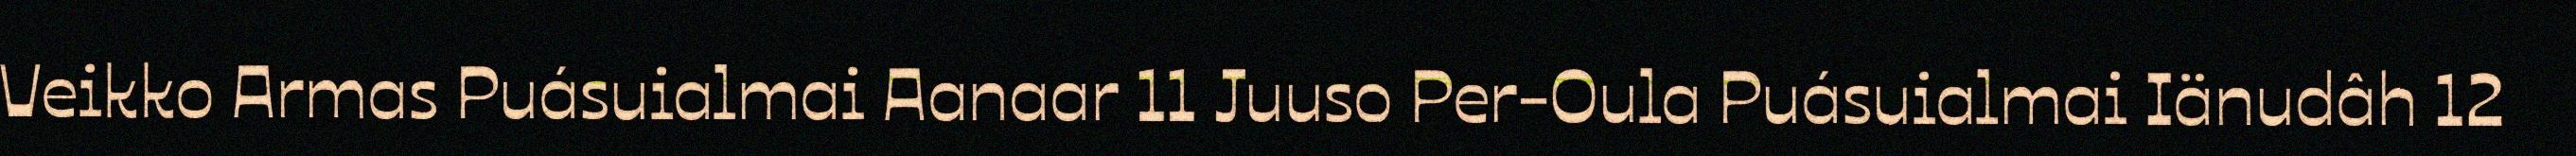
Veikko Armas Puásuialmai Aanaar 11 Juuso Per-Oula Puásuialmai Iänudâh 12